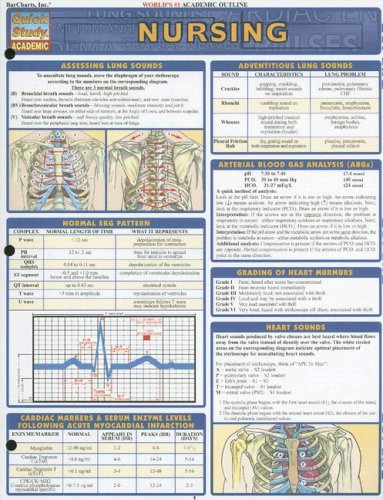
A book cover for Quick-Study Academic/ Nursing; Inc. BarCharts; Medical Books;